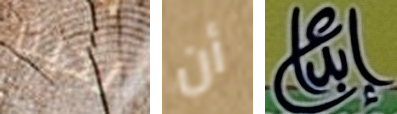
لدينا أن إبداع